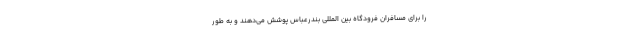
را برای مسافران فرودگاه بین المللی بندرعباس پوشش می‌دهند و به طور